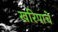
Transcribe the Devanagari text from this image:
खरिपाचे